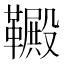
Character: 𫖋